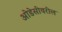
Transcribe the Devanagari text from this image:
ओडेसीवरील